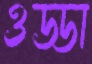
ওড্ডা